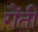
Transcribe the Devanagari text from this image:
गैंती